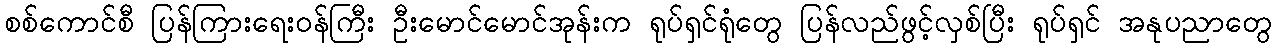
စစ်ကောင်စီ ပြန်ကြားရေးဝန်ကြီး ဦးမောင်မောင်အုန်းက ရုပ်ရှင်ရုံတွေ ပြန်လည်ဖွင့်လှစ်ပြီး ရုပ်ရှင် အနုပညာတွေ